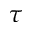
\tau